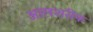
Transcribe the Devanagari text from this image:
आलशरीफ